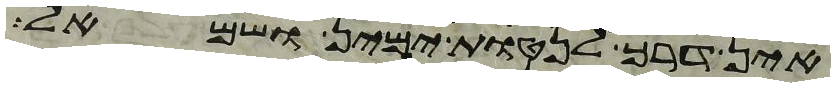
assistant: אין דרך לנטות ימין ושמאל